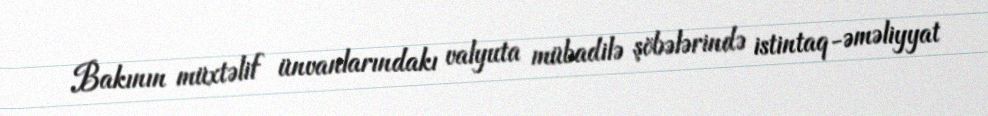
Bakının müxtəlif ünvanlarındakı valyuta mübadilə şöbələrində istintaq-əməliyyat